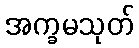
အက္ခမသုတ်